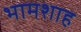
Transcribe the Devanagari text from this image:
भामशाह